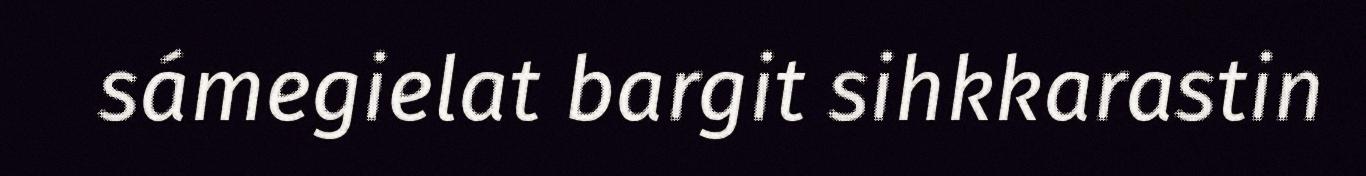
sámegielat bargit sihkkarastin